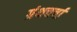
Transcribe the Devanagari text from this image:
ग्रंथचर्चा